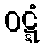
ဝဋ္ဋံ